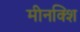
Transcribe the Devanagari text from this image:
मीनक्शि